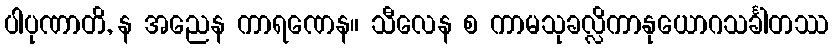
ပါပုဏာတိ, န အညေန ကာရဏေန။ သီလေန စ ကာမသုခလ္လိကာနုယောဂသင်္ခါတဿ